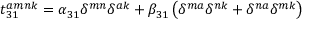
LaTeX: t _ { 3 1 } ^ { a m n k } = \alpha _ { 3 1 } \delta ^ { m n } \delta ^ { a k } + \beta _ { 3 1 } \left( \delta ^ { m a } \delta ^ { n k } + \delta ^ { n a } \delta ^ { m k } \right)